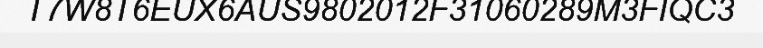
T7W8T6EUX6AUS9802012F31060289M3FIQC3